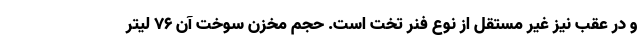
و در عقب نیز غیر مستقل از نوع فنر تخت است. حجم مخزن سوخت آن 76 لیتر